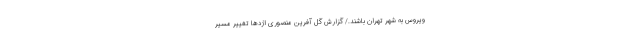
ویروس به شهر تهران باشند./ گزارش گل آفرین منصوری اژدها تغییر مسیر